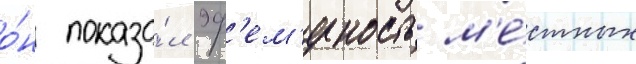
о́н показа́л эф'ем'ерность м'е́стных